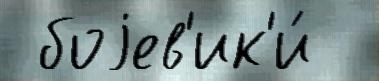
 боjев'ик'и́